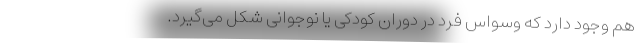
هم وجود دارد که وسواس فرد در دوران کودکی یا نوجوانی شکل می‌گیرد.